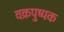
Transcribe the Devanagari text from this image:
वक्रपुष्पक